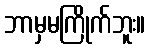
ဘာမှမကြိုက်ဘူး။